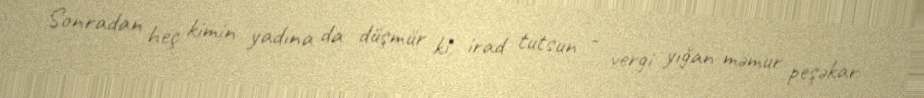
Sonradan heç kimin yadına da düşmür ki, irad tutsun - vergi yığan məmur peşəkar